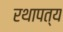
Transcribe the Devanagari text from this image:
रथापत्य